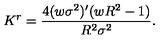
K ^ { r } = \frac { 4 ( w \sigma ^ { 2 } ) ^ { \prime } ( w R ^ { 2 } - 1 ) } { R ^ { 2 } \sigma ^ { 2 } } .